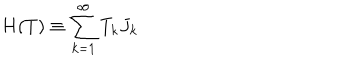
H ( T ) \equiv \sum _ { k = 1 } ^ { \infty } T _ { k } J _ { k }